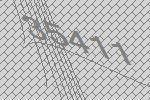
35411